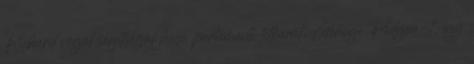
Richard végül segítségül hívja parlamenti titkárát, Geroge Pidgen-t, így